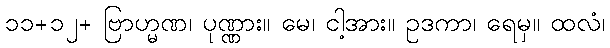
၁၁+၁၂+ ဗြာဟ္မဏ၊ ပုဏ္ဏား။ မေ၊ ငါ့အား။ ဥဒကာ၊ ရေမှ။ ထလံ၊